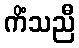
ကိံသညီ